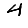
Digit: 4